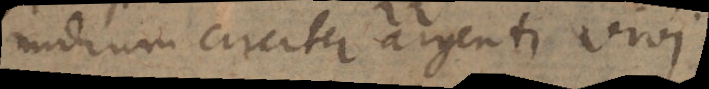
midium circiter argenti vivi